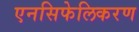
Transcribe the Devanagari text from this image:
एनसिफेलिकरण